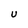
Character: U